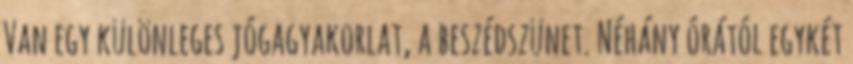
Van egy különleges jógagyakorlat, a beszédszünet. Néhány órától egykét